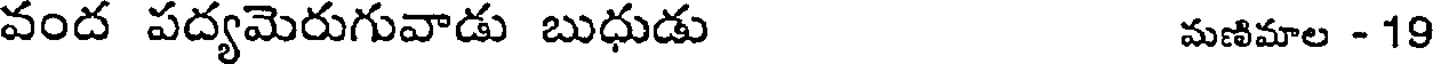
వంద పద్యమెరుగువాడు బుధుడు మణిమాల - 19